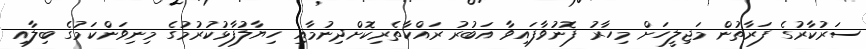
ސަރުކާރުގެ ފަރާތުން މަޖިލީހަށް މިހާރު ފޮނުވާފައިވާ އަބުރު ރައްކާތެރިކޮށްދިނުމާއި ހިޔާލުފާޅުކުރުމުގެ މިނިވަންކަމުގެ ބިލާއި